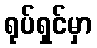
ရုပ်ရှင်မှာ